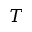
T